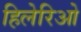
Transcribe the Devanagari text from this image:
हिलेरिओ